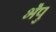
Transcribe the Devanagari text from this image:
भेँपु